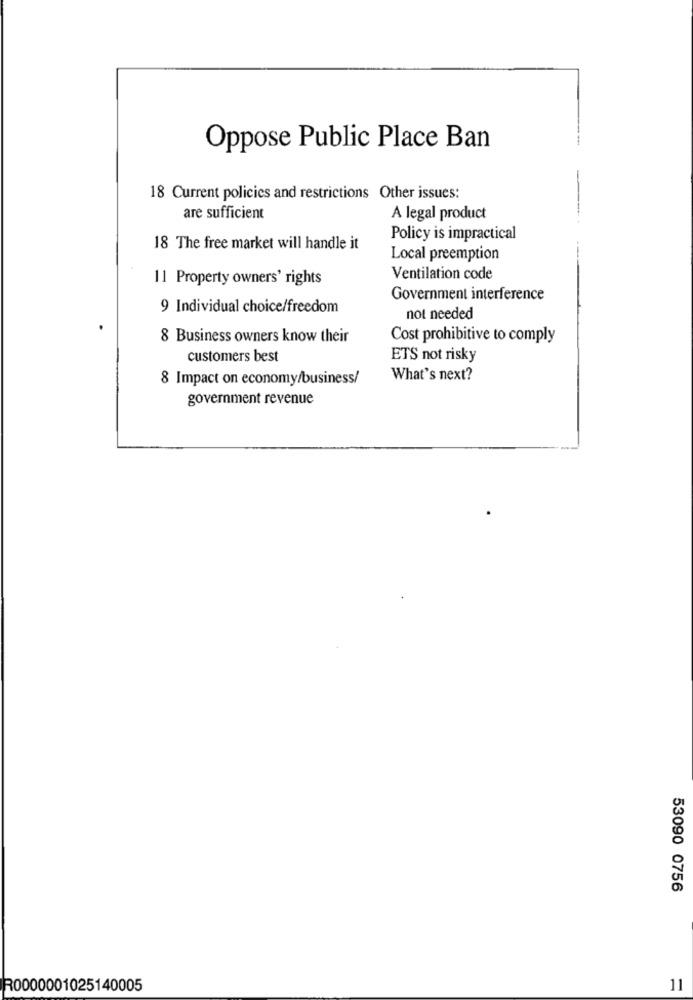
Oppose Public Place Ban
18 Current policies and restrictions Other issues:
are sufficient
A legal product
Policy is impractical
18 The free market will handle it
Local preemption
11 Property owners' rights
Ventilation code
Government interference
9 Individual choice/freedom
not needed
8 Business owners know their
Cost prohibitive to comply
customers best
ETS not risky
8 Impact on economy/business/
What's next?
government revenue
53090 0756
R0000001025140005
11